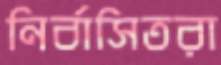
নির্বাসিতরা